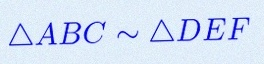
\triangle ABC\sim\triangle DEF